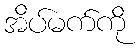
အိပ်မက်ကို